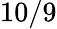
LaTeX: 10/9